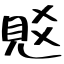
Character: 覐